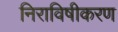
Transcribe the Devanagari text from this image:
निराविषीकरण